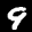
Label: 9